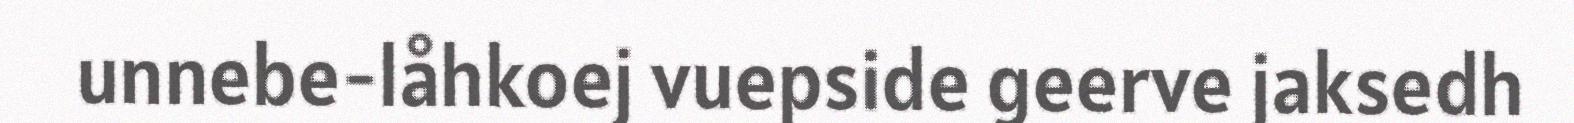
unnebe-låhkoej vuepside geerve jaksedh